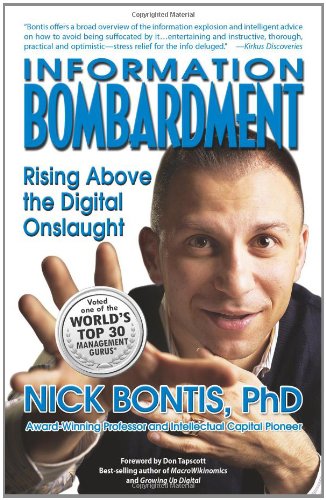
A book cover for Information Bombardment: Rising Above the Digital Onslaught; Nick Bontis PhD; Business & Money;